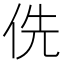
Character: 侁